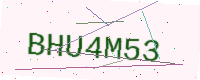
Text: BHU4M53